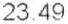
23.49